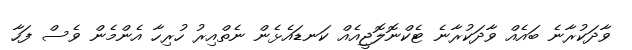
ވާދަކުރާނެ ބައެއް ވާދަކުރާނެ ޓެކްނޮލޮޖީއެއް ކަނޑައެޅެން ނެތްއިރު ހުރިހާ އެންމެން ވެސް ފަހާ